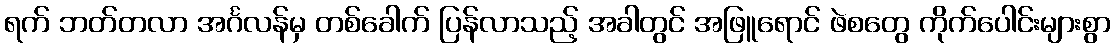
ရက် ဘတ်တလာ အင်္ဂလန်မှ တစ်ခေါက် ပြန်လာသည့် အခါတွင် အဖြူရောင် ဖဲစတွေ ကိုက်ပေါင်းများစွာ